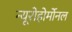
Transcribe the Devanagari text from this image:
न्यूरोहोर्मोनल